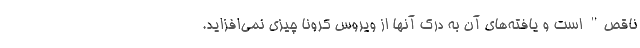
ناقص" است و یافته‌های آن به درک آنها از ویروس کرونا چیزی نمی‌افزاید.